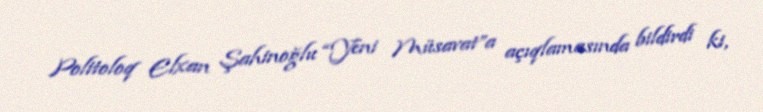
Politoloq Elxan Şahinoğlu “Yeni Müsavat”a açıqlamasında bildirdi ki,